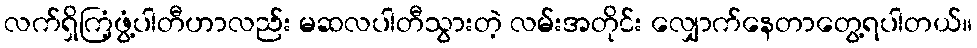
လက်ရှိကြံ့ဖွံ့ပါတီဟာလည်း မဆလပါတီသွားတဲ့ လမ်းအတိုင်း လျှောက်နေတာတွေ့ရပါတယ်။